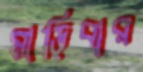
মাড়িবার